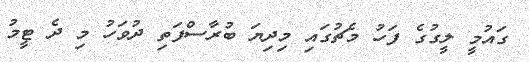
ގައުމީ ލީގުގެ ފަހު މެޗުގައި މިދިޔަ ބުރާސްފަތި ދުވަހު މި ދެ ޓީމު